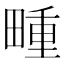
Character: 畽